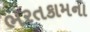
ભરતકામના